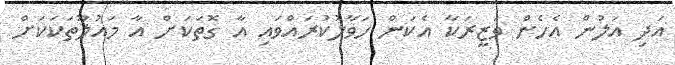
އަދި އަލުން އެހެން ވަޒީރަކާ އެކަން ހަވާލުކުރައްވައި އާ ގޮތަކަށް އާ މައުލޫތަކަކަށް